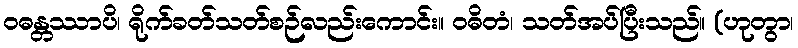
ဝဓန္တဿာပိ၊ ရိုက်ခတ်သတ်စဉ်လည်းကောင်း။ ဝဓိတံ၊ သတ်အပ်ပြီးသည်။ (ဟုတွာ၊